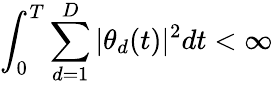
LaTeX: \int_{0}^{T}\sum_{d=1}^{D}|\theta_{d}(t)|^{2}dt<\infty